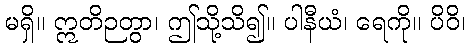
မရှိ။ ဣတိဉတွာ၊ ဤသို့သိ၍။ ပါနီယံ၊ ရေကို။ ပိဝိ၊